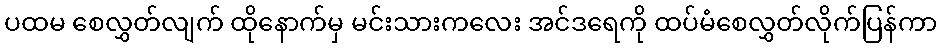
ပထမ စေလွှတ်လျက် ထိုနောက်မှ မင်းသားကလေး အင်ဒရေကို ထပ်မံစေလွှတ်လိုက်ပြန်ကာ